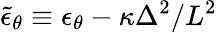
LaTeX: \widetilde\epsilon_{\theta}\equiv\epsilon_{\theta}-\kappa\Delta^{2}/L^{2}